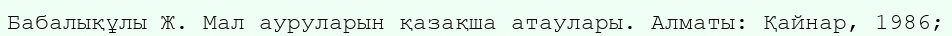
Бабалықұлы Ж. Мал ауруларын қазақша атаулары. Алматы: Қайнар, 1986;